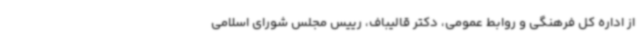
از اداره کل فرهنگی و روابط عمومی، دکتر قالیباف، رییس مجلس شورای اسلامی